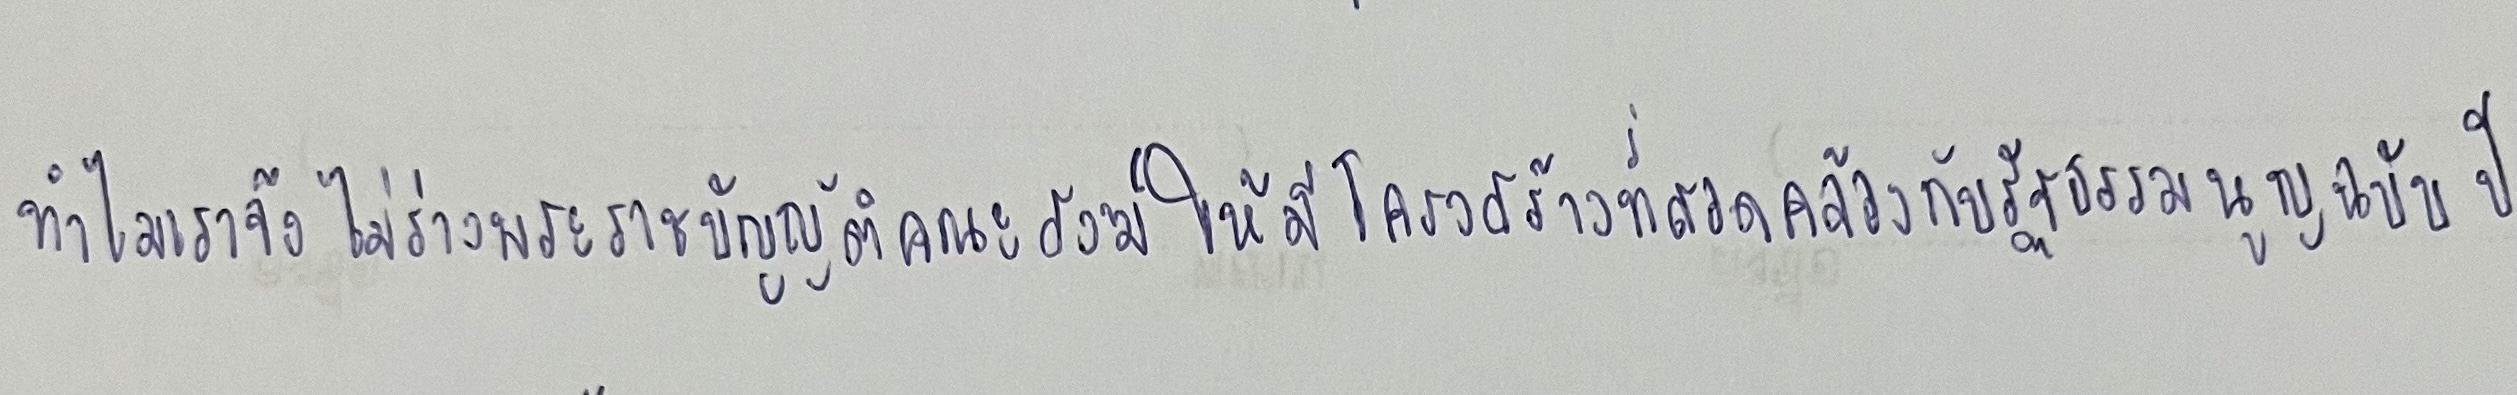
ทำไมเราจึงไม่ร่างพระราชบัญญัติคณะสงฆ์ให้มีโครงสร้างที่สอดคล้องกับรัฐธรรมนูญฉบับปี